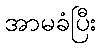
အာမခံပြီး